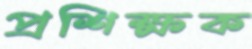
প্রশিক্ষক